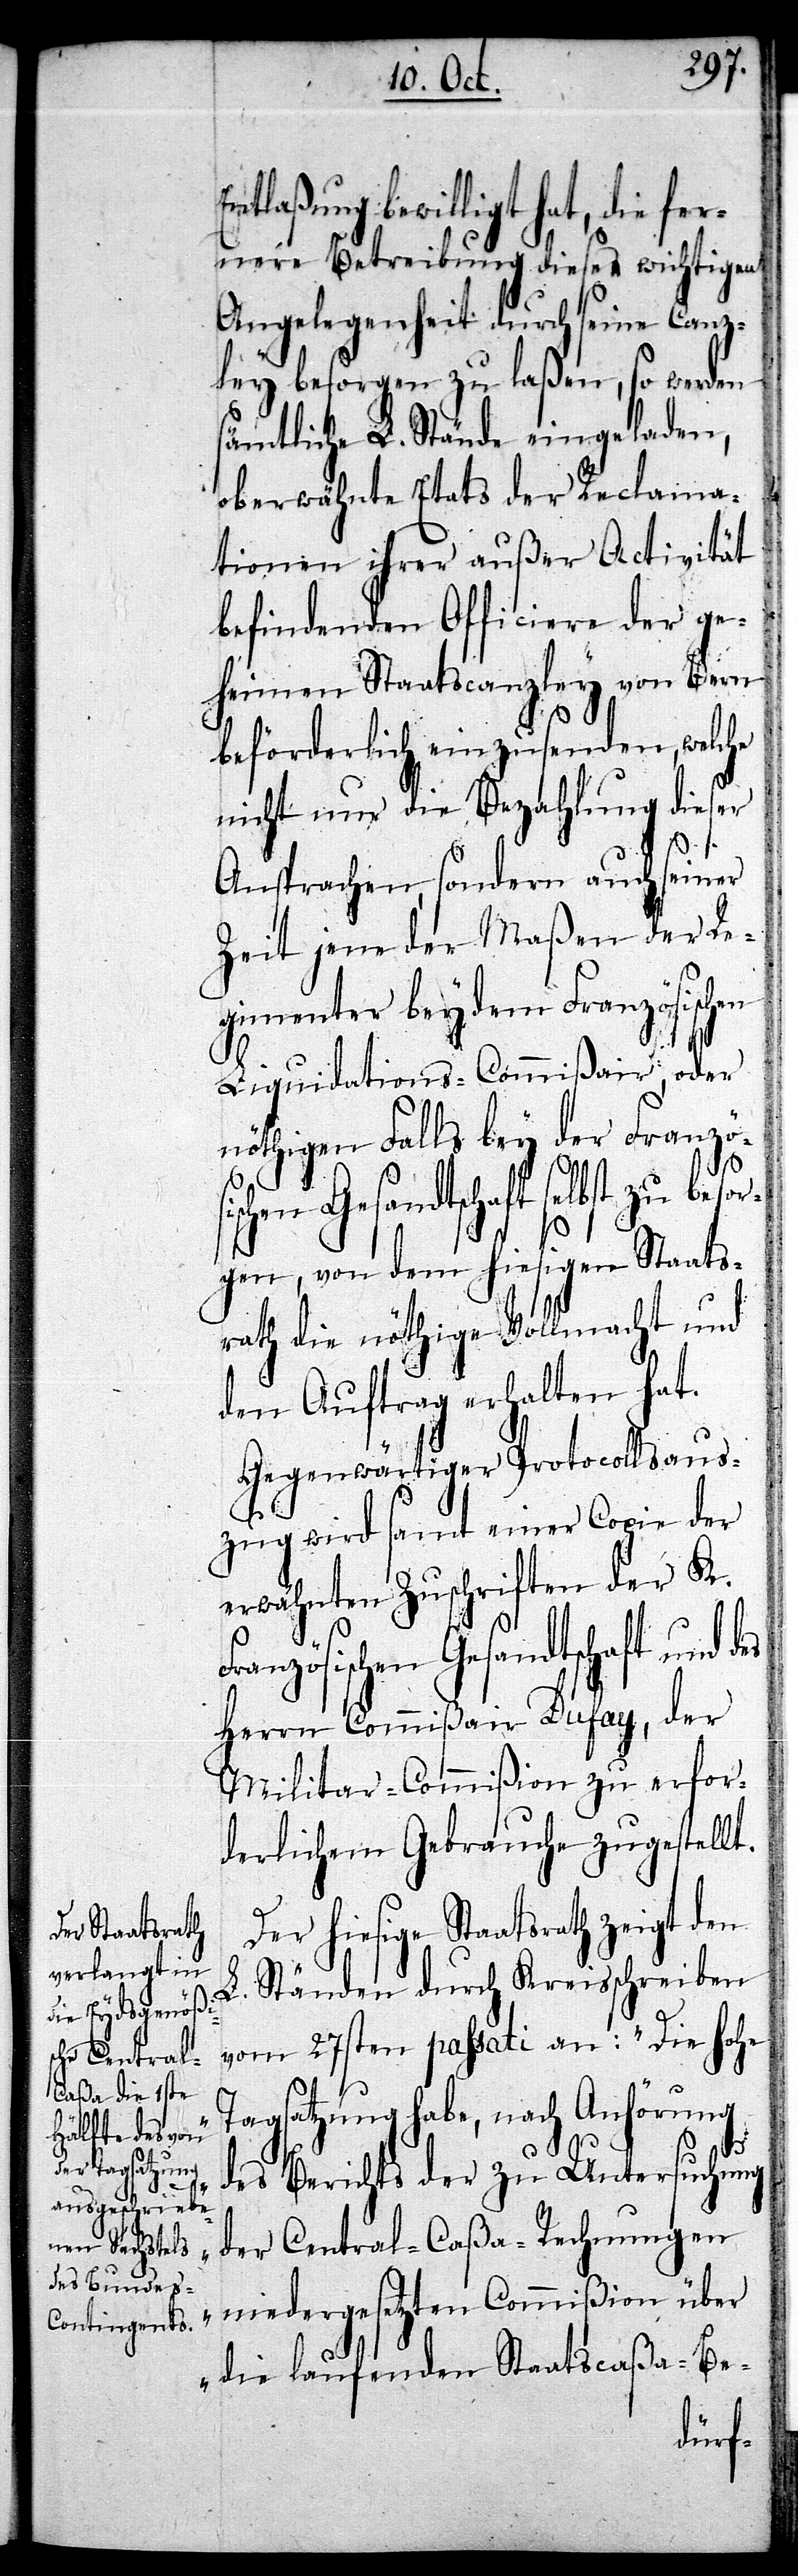
Entlaßung bewilligt hat, die fer¬
nere Betreibung dieser wichtigen
Angelegenheit durch seine Canz¬
ley besorgen zu laßen, so werden
sämtliche L. Stände eingeladen,
oberwähnte Etats der Reclama¬
tionen ihrer außer Activität
befindenden Officiere der ge¬
heimen Staatscanzley von Bern
beförderlich einzusenden, welche
nicht nur die Bezahlung dieser
Ansprachen, sondern auch seiner
Zeit jene der Maßen der Re¬
gimenter bey dem Französischen
Liquidations-Commißair, oder
nöthigen Falls bey der Franzö¬
schen Gesandtschaft selbst zu be¬
rgen, von dem hiesigen Staats¬
rath die nöthige Vollmacht und
den Auftrag erhalten hat.
Gegenwärtiger Protocollsaus¬
zug wird samt einer Copie der
erwähnten Zuschriften der K.
Französischen Gesandtschaft und
Herrn Commißair Dufay, der
Militar-Commißion zu erfor¬
derlichem Gebrauche zugestellt.
Der hiesige Staatsrath ze¬
igt den L. Ständen durch Kreisschreiben
vom 27sten passati an: „Die hohe
Tagsatzung habe, nach Anhörung
so¬
des Berichts der zu Untersuchung
der Central-Caßa-Rechnungen
niedergesetzten Commißion über
die laufenden Staatscaßa-Be-